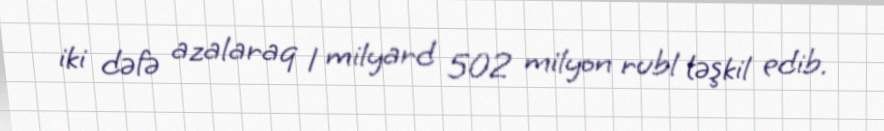
iki dəfə azalaraq 1 milyard 502 milyon rubl təşkil edib.